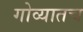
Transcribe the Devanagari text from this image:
गोव्यातच